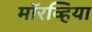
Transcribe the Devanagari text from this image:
मॉरव्हिया